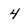
Character: 4